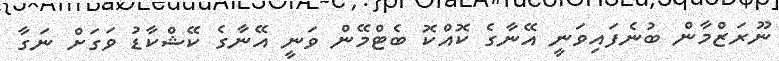
ނޫރަޒްމާން ބުނެފައިވަނީ އޭނާގެ ކޮއްކޮ ބެޓްމޭން ވަނީ އޭނާގެ ކޭޝްކާޑު ވަގަށް ނަގާ